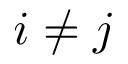
i \ne j